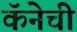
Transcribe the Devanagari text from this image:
कॅनेची